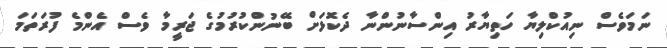
ނަމަވެސް ނިއުކްލިޔާ ހަތިޔާރު އިންސާނުންނާ ދެކޮޅަށް ބޭނުންކުރުމުގެ ޖަރީމާ ވެސް އެންމެ ފުރަތަމަ